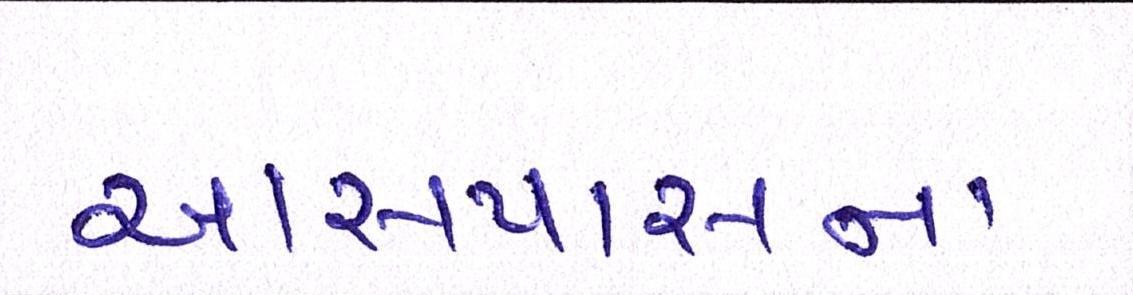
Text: આસપાસનાં